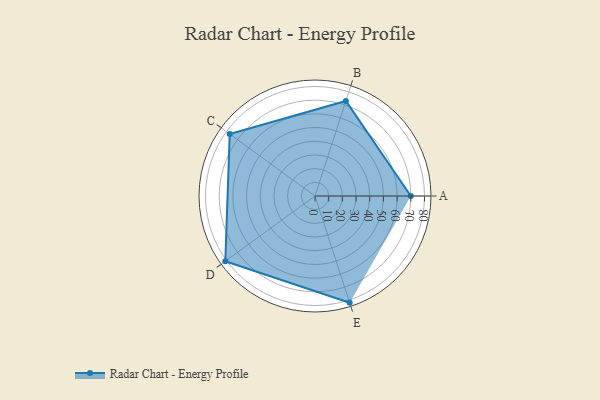
{"axis": {"x": "Skill", "y": "Score"}, "legend": ["Profile"], "data": [{"x": "A", "y": 70.0, "type": "Profile"}, {"x": "B", "y": 73.0, "type": "Profile"}, {"x": "C", "y": 77.0, "type": "Profile"}, {"x": "D", "y": 81.0, "type": "Profile"}, {"x": "E", "y": 82.0, "type": "Profile"}]}